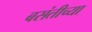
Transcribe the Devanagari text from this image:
बसंतीच्या